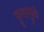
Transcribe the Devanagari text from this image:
फुलामुळे